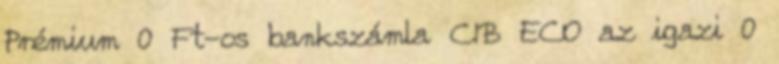
Prémium 0 Ft-os bankszámla CIB ECO az igazi 0